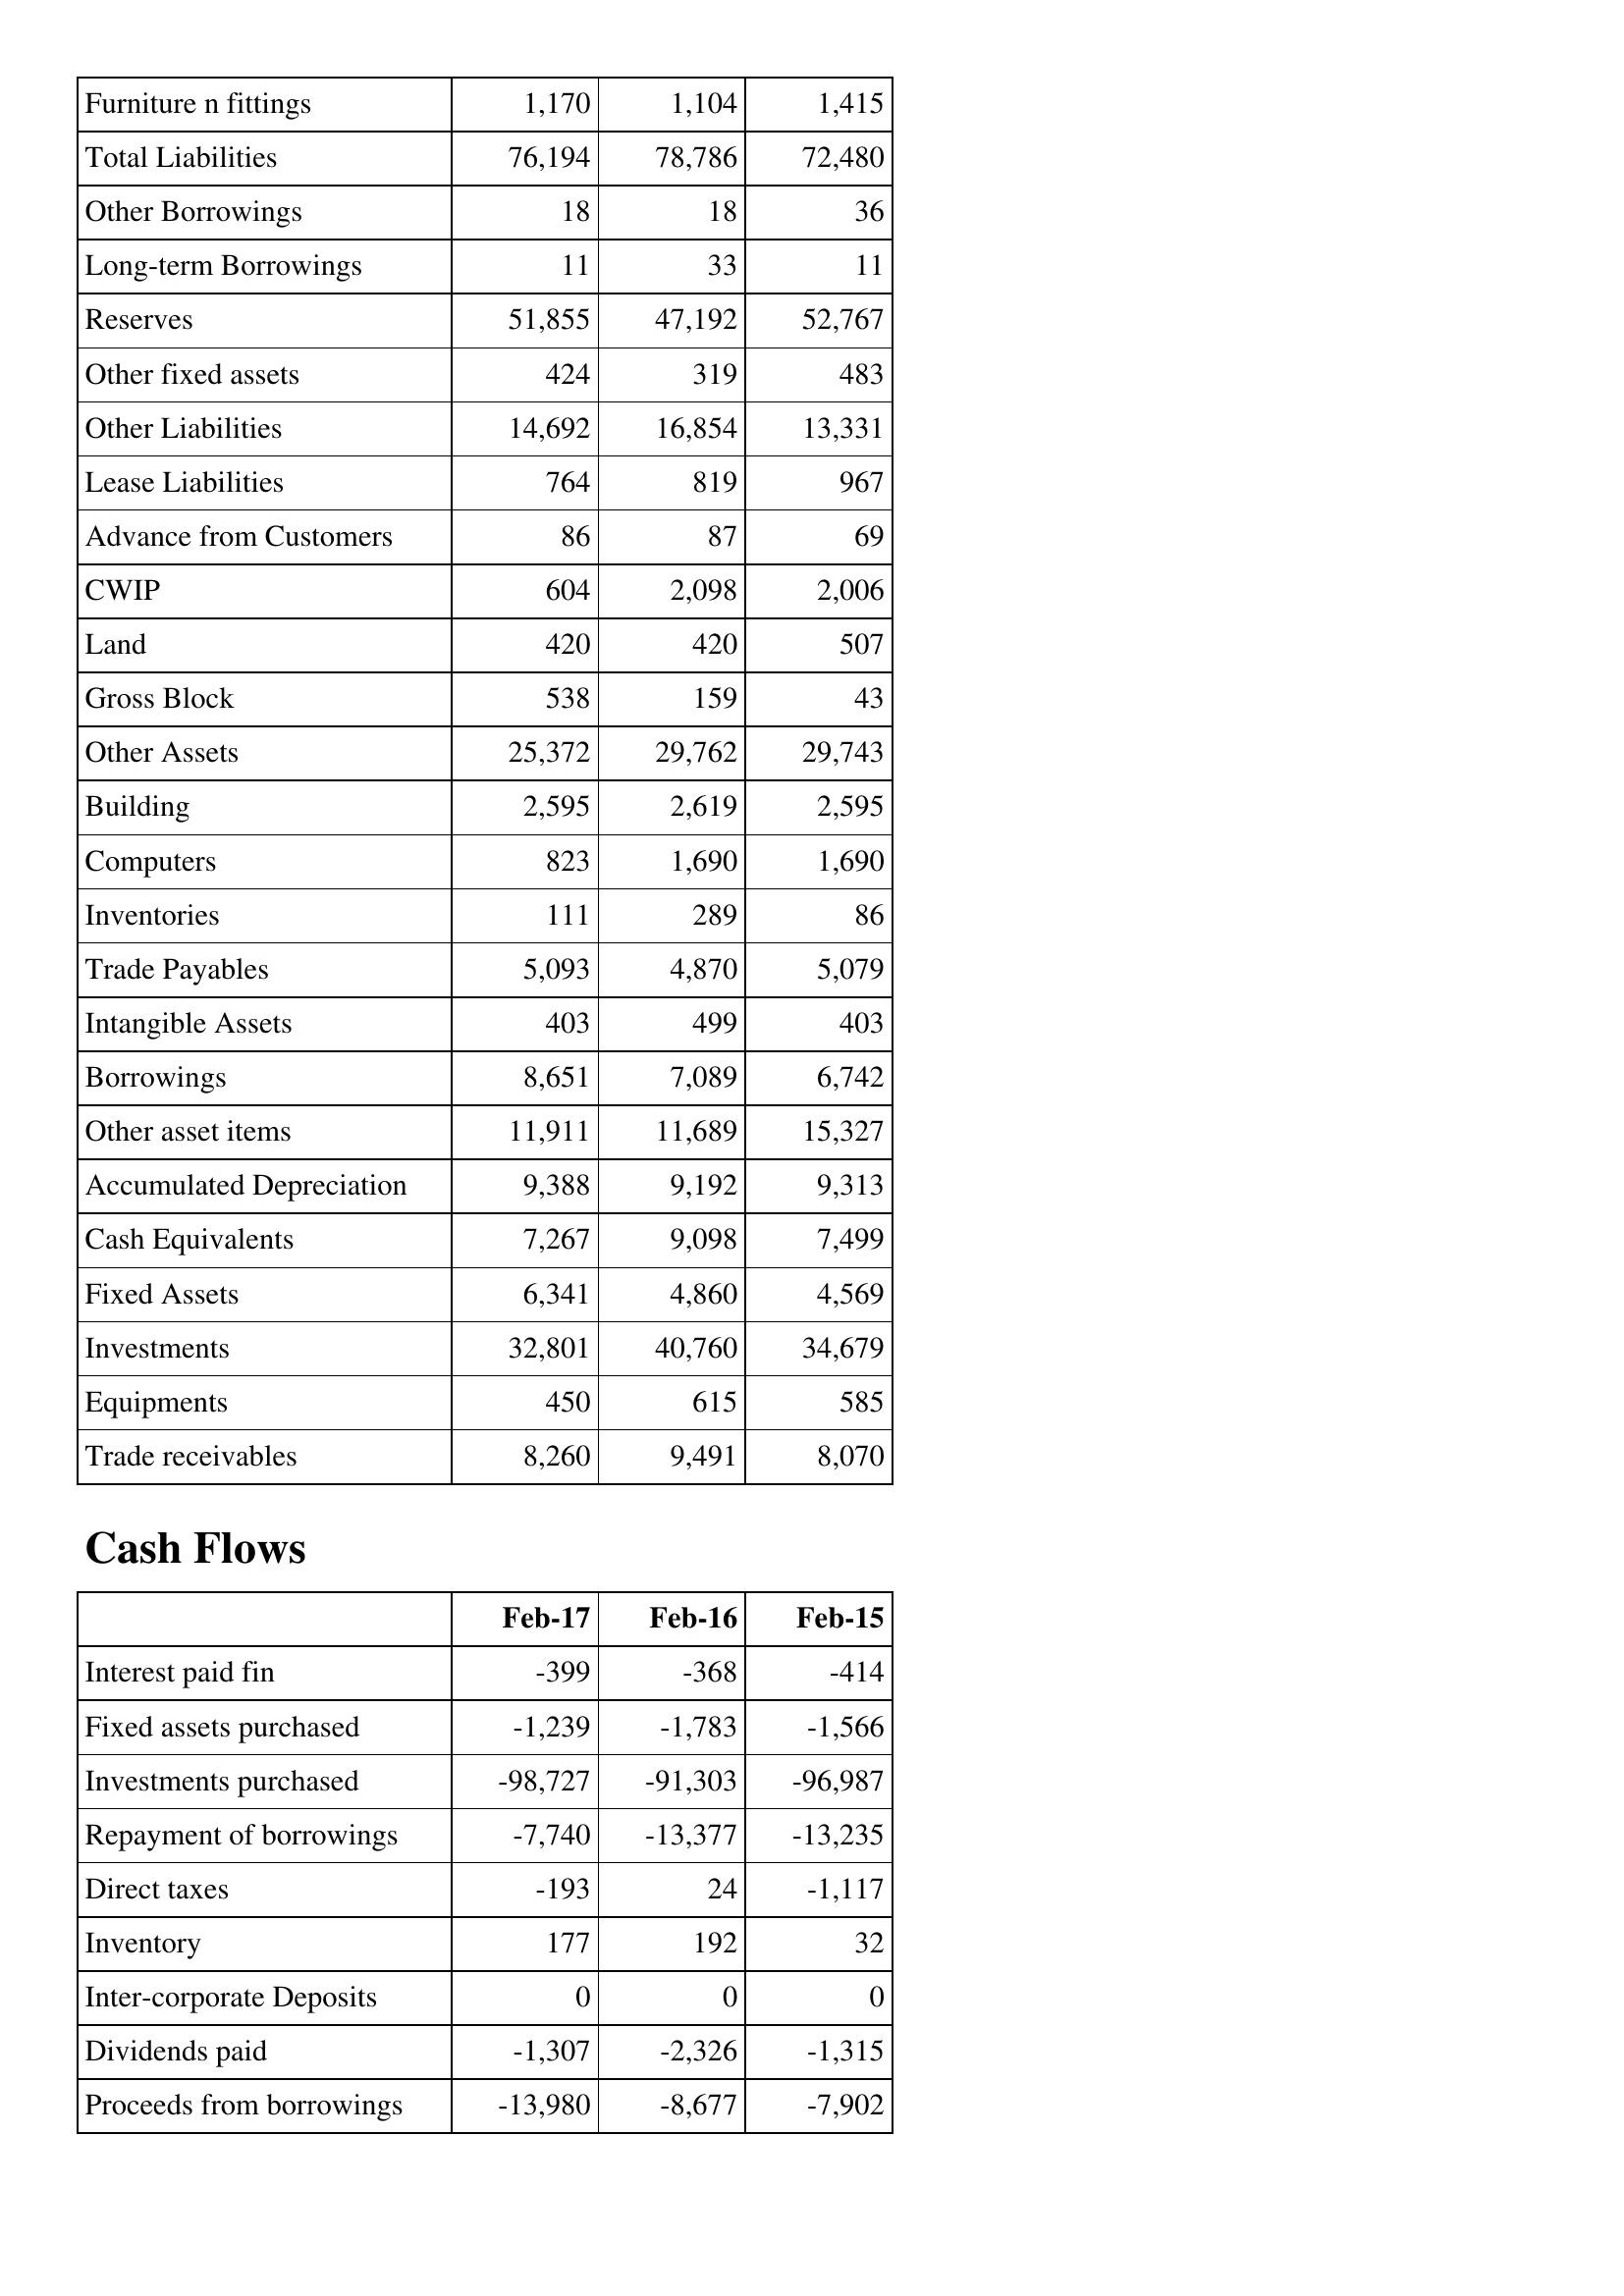
Feb-17: Balance Sheet: Furniture n fittings: 1,170
Total Liabilities: 76,194
Other Borrowings: 18
Long-term Borrowings: 11
Reserves: 51,855
Other fixed assets: 424
Other Liabilities: 14,692
Lease Liabilities: 764
Advance from Customers: 86
CWIP: 604
Land: 420
Gross Block: 538
Other Assets: 25,372
Building: 2,595
Computers: 823
Inventories: 111
Trade Payables: 5,093
Intangible Assets: 403
Borrowings: 8,651
Other asset items: 11,911
Accumulated Depreciation: 9,388
Cash Equivalents: 7,267
Fixed Assets: 6,341
Investments: 32,801
Equipments: 450
Trade receivables: 8,260
Cash Flows: Interest paid fin: -399
Fixed assets purchased: -1,239
Investments purchased: -98,727
Repayment of borrowings: -7,740
Direct taxes: -193
Inventory: 177
Inter-corporate Deposits: 0
Dividends paid: -1,307
Proceeds from borrowings: -13,980
Feb-16: Balance Sheet: Furniture n fittings: 1,104
Total Liabilities: 78,786
Other Borrowings: 18
Long-term Borrowings: 33
Reserves: 47,192
Other fixed assets: 319
Other Liabilities: 16,854
Lease Liabilities: 819
Advance from Customers: 87
CWIP: 2,098
Land: 420
Gross Block: 159
Other Assets: 29,762
Building: 2,619
Computers: 1,690
Inventories: 289
Trade Payables: 4,870
Intangible Assets: 499
Borrowings: 7,089
Other asset items: 11,689
Accumulated Depreciation: 9,192
Cash Equivalents: 9,098
Fixed Assets: 4,860
Investments: 40,760
Equipments: 615
Trade receivables: 9,491
Cash Flows: Interest paid fin: -368
Fixed assets purchased: -1,783
Investments purchased: -91,303
Repayment of borrowings: -13,377
Direct taxes: 24
Inventory: 192
Inter-corporate Deposits: 0
Dividends paid: -2,326
Proceeds from borrowings: -8,677
Feb-15: Balance Sheet: Furniture n fittings: 1,415
Total Liabilities: 72,480
Other Borrowings: 36
Long-term Borrowings: 11
Reserves: 52,767
Other fixed assets: 483
Other Liabilities: 13,331
Lease Liabilities: 967
Advance from Customers: 69
CWIP: 2,006
Land: 507
Gross Block: 43
Other Assets: 29,743
Building: 2,595
Computers: 1,690
Inventories: 86
Trade Payables: 5,079
Intangible Assets: 403
Borrowings: 6,742
Other asset items: 15,327
Accumulated Depreciation: 9,313
Cash Equivalents: 7,499
Fixed Assets: 4,569
Investments: 34,679
Equipments: 585
Trade receivables: 8,070
Cash Flows: Interest paid fin: -414
Fixed assets purchased: -1,566
Investments purchased: -96,987
Repayment of borrowings: -13,235
Direct taxes: -1,117
Inventory: 32
Inter-corporate Deposits: 0
Dividends paid: -1,315
Proceeds from borrowings: -7,902